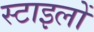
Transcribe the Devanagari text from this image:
स्टाइलों